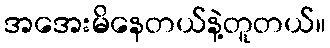
အအေးမိနေတယ်နဲ့တူတယ်။